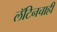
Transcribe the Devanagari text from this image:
लॅटिनचाही